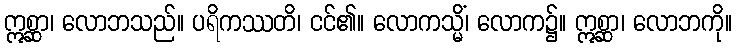
ဣစ္ဆာ၊ လောဘသည်။ ပရိကဿတိ၊ ငင်၏။ လောကသ္မိံ၊ လောက၌။ ဣစ္ဆာ၊ လောဘကို။